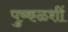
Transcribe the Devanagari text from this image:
पुष्कळशीं